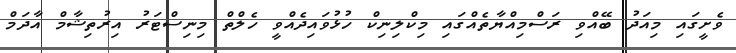
ވެށީގައި މިއަދު ބޭއްވި ރަސްމިއްޔާތެއްގައި މިކްލިނިކް ހުޅުވައިދެއްވީ ހެލްތް މިނިސްޓަރު އިރުތިޝާމް އާދަމް